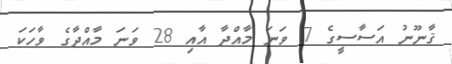
ޤާނޫނު އަސާސީގެ 7 ވަނަ މާއްދާ އާއި 28 ވަނަ މާއްދާގެ ވާހަކަ